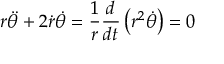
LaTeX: r { \ddot { \theta } } + 2 { \dot { r } } { \dot { \theta } } = { \frac { 1 } { r } } { \frac { d } { d t } } \left( r ^ { 2 } { \dot { \theta } } \right) = 0